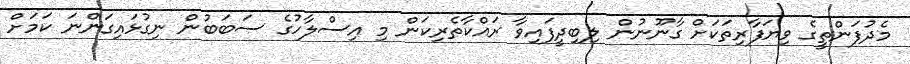
މެދުފަންތީގެ ވިޔަފާރިތަކަށް ގާނޫނުން ލިބިދީފައިވާ ރައްކާތެރިކަން މި އިސްލާހުގެ ސަބަބުން ނިގުޅައިގަންނަ ކަމަށް